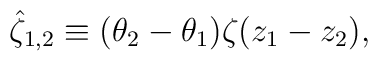
{\hat \zeta_{1,2}} \equiv (\theta_2 -\theta_1)\zeta(z_1 - z_2),